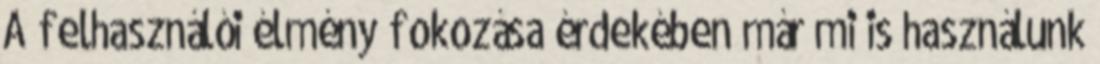
A felhasználói élmény fokozása érdekében már mi is használunk